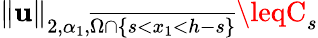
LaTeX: \| \mathbf{u}\| _{2,\alpha_{1},\overline{{{\Omega\cap\{ s<x_{1}<h-s\} }}}}\leqC_{s}